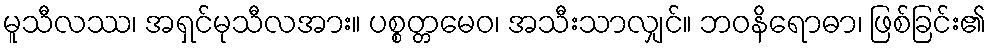
မူသီလဿ၊ အရှင်မုသီလအား။ ပစ္စတ္တမေဝ၊ အသီးသာလျှင်။ ဘဝနိရောဓာ၊ ဖြစ်ခြင်း၏